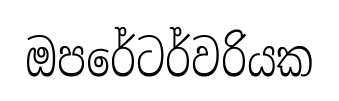
ඔපරේටර්වරියක